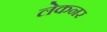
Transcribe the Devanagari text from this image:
लेकनर